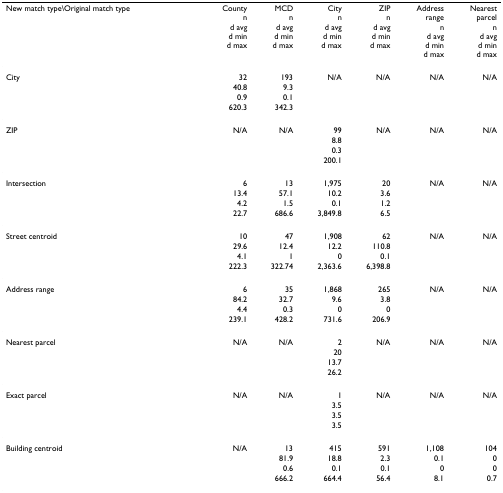
<table><thead><tr><td><b>New match type\Original match type</b></td><td><b>Countynd avgd mind max</b></td><td><b>MCDnd avgd mind max</b></td><td><b>Citynd avgd mind max</b></td><td><b>ZIPnd avgd mind max</b></td><td><b>Addressrangend avgd mind max</b></td><td><b>Nearestparcelnd avgd mind max</b></td></tr></thead><tbody><tr><td>City</td><td>32</td><td>193</td><td>N/A</td><td>N/A</td><td>N/A</td><td>N/A</td></tr><tr><td></td><td>40.8</td><td>9.3</td><td></td><td></td><td></td><td></td></tr><tr><td></td><td>0.9</td><td>0.1</td><td></td><td></td><td></td><td></td></tr><tr><td></td><td>620.3</td><td>342.3</td><td></td><td></td><td></td><td></td></tr><tr><td>ZIP</td><td>N/A</td><td>N/A</td><td>99</td><td>N/A</td><td>N/A</td><td>N/A</td></tr><tr><td></td><td></td><td></td><td>8.8</td><td></td><td></td><td></td></tr><tr><td></td><td></td><td></td><td>0.3</td><td></td><td></td><td></td></tr><tr><td></td><td></td><td></td><td>200.1</td><td></td><td></td><td></td></tr><tr><td>Intersection</td><td>6</td><td>13</td><td>1,975</td><td>20</td><td>N/A</td><td>N/A</td></tr><tr><td></td><td>13.4</td><td>57.1</td><td>10.2</td><td>3.6</td><td></td><td></td></tr><tr><td></td><td>4.2</td><td>1.5</td><td>0.1</td><td>1.2</td><td></td><td></td></tr><tr><td></td><td>22.7</td><td>686.6</td><td>3,849.8</td><td>6.5</td><td></td><td></td></tr><tr><td>Street centroid</td><td>10</td><td>47</td><td>1,908</td><td>62</td><td>N/A</td><td>N/A</td></tr><tr><td></td><td>29.6</td><td>12.4</td><td>12.2</td><td>110.8</td><td></td><td></td></tr><tr><td></td><td>4.1</td><td>1</td><td>0</td><td>0.1</td><td></td><td></td></tr><tr><td></td><td>222.3</td><td>322.74</td><td>2,363.6</td><td>6,398.8</td><td></td><td></td></tr><tr><td>Address range</td><td>6</td><td>35</td><td>1,868</td><td>265</td><td>N/A</td><td>N/A</td></tr><tr><td></td><td>84.2</td><td>32.7</td><td>9.6</td><td>3.8</td><td></td><td></td></tr><tr><td></td><td>4.4</td><td>0.3</td><td>0</td><td>0</td><td></td><td></td></tr><tr><td></td><td>239.1</td><td>428.2</td><td>731.6</td><td>206.9</td><td></td><td></td></tr><tr><td>Nearest parcel</td><td>N/A</td><td>N/A</td><td>2</td><td>N/A</td><td>N/A</td><td>N/A</td></tr><tr><td></td><td></td><td></td><td>20</td><td></td><td></td><td></td></tr><tr><td></td><td></td><td></td><td>13.7</td><td></td><td></td><td></td></tr><tr><td></td><td></td><td></td><td>26.2</td><td></td><td></td><td></td></tr><tr><td>Exact parcel</td><td>N/A</td><td>N/A</td><td>1</td><td>N/A</td><td>N/A</td><td>N/A</td></tr><tr><td></td><td></td><td></td><td>3.5</td><td></td><td></td><td></td></tr><tr><td></td><td></td><td></td><td>3.5</td><td></td><td></td><td></td></tr><tr><td></td><td></td><td></td><td>3.5</td><td></td><td></td><td></td></tr><tr><td>Building centroid</td><td>N/A</td><td>13</td><td>415</td><td>591</td><td>1,108</td><td>104</td></tr><tr><td></td><td></td><td>81.9</td><td>18.8</td><td>2.3</td><td>0.1</td><td>0</td></tr><tr><td></td><td></td><td>0.6</td><td>0.1</td><td>0.1</td><td>0</td><td>0</td></tr><tr><td></td><td></td><td>666.2</td><td>664.4</td><td>56.4</td><td>8.1</td><td>0.7</td></tr></tbody></table>